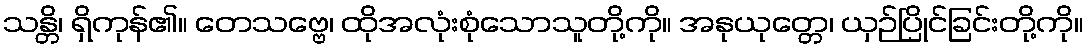
သန္တိ၊ ရှိကုန်၏။ တေသဗ္ဗေ၊ ထိုအလုံးစုံသောသူတို့ကို။ အနုယုတ္တေ၊ ယှဉ်ပြိုင်ခြင်းတို့ကို။